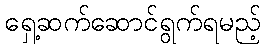
ရှေ့ဆက်ဆောင်ရွက်ရမည့်